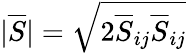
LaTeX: |\overline{{S}}|=\sqrt{2\overline{{S}}_{ij}\overline{{S}}_{ij}}